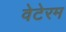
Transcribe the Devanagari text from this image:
वेटेरम